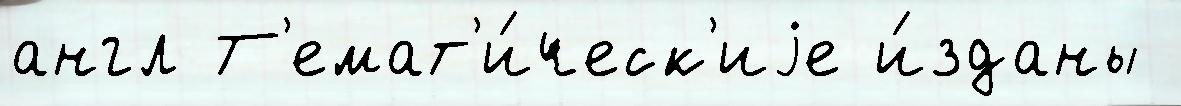
англ Т'емат'и́ческ'иjе и́зданы